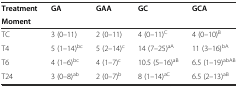
<table><thead><tr><td><b>Treatment</b></td><td rowspan="2"><b>GA</b></td><td rowspan="2"><b>GAA</b></td><td rowspan="2"><b>GC</b></td><td rowspan="2"><b>GCA</b></td></tr><tr><td><b>Moment</b></td></tr></thead><tbody><tr><td>TC</td><td>3 (0–11)</td><td>2 (0–11)</td><td>4 (0–11)<sup>C</sup></td><td>4 (0–10)<sup>B</sup></td></tr><tr><td>T4</td><td>5 (1–14)<sup>bc</sup></td><td>5 (2–14)<sup>c</sup></td><td>14 (7–25)<sup>aA</sup></td><td>11 (3–16)<sup>bA</sup></td></tr><tr><td>T6</td><td>4 (1–6)<sup>bc</sup></td><td>4 (1–7)<sup>c</sup></td><td>10.5 (5–16)<sup>aB</sup></td><td>6.5 (1–19)<sup>abAB</sup></td></tr><tr><td>T24</td><td>3 (0–8)<sup>ab</sup></td><td>2 (0–7)<sup>b</sup></td><td>8 (1–14)<sup>aC</sup></td><td>6.5 (2–13)<sup>aB</sup></td></tr></tbody></table>